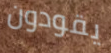
يقودون